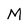
Character: M